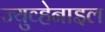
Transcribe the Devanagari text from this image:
ज्युव्हेनाइल